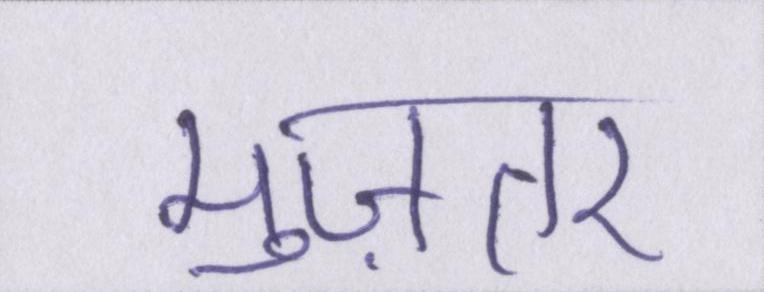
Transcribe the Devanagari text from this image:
मुज़तर